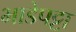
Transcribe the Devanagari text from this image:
भाडेपट्टा